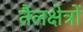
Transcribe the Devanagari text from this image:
तैलक्षेत्रों